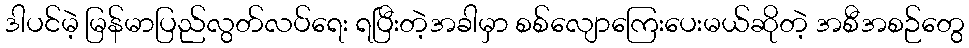
ဒါပင်မဲ့ မြန်မာပြည်လွတ်လပ်ရေး ရပြီးတဲ့အခါမှာ စစ်လျောကြေးပေးမယ်ဆိုတဲ့ အစီအစဉ်တွေ